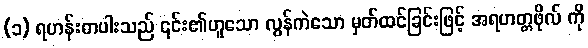
(၁) ရဟန်းတပါးသည် ၎င်း၏ဟူသော လွန်ကဲသော မှတ်ထင်ခြင်းဖြင့် အရဟတ္တဖိုလ် ကို